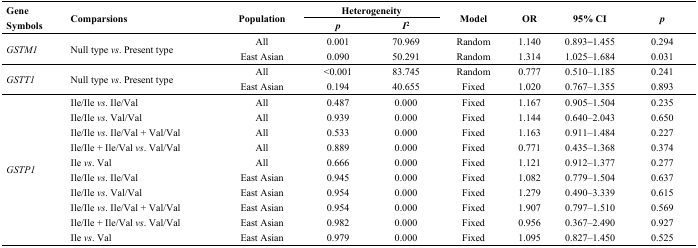
<table><thead><tr><td rowspan="2"><b>Gene Symbols</b></td><td rowspan="2"><b>Comparsions</b></td><td rowspan="2"><b>Population</b></td><td colspan="2"><b>Heterogeneity</b></td><td rowspan="2"><b>Model</b></td><td rowspan="2"><b>OR</b></td><td rowspan="2"><b>95% CI</b></td><td rowspan="2"><b><i>p</i></b></td></tr><tr><td><b><i>p</i></b></td><td><b><i>I</i><sup>2</sup></b></td></tr></thead><tbody><tr><td rowspan="2"><i>GSTM1</i></td><td rowspan="2">Null type <i>vs.</i> Present type</td><td>All</td><td>0.001</td><td>70.969</td><td>Random</td><td>1.140</td><td>0.893–1.455</td><td>0.294</td></tr><tr><td>East Asian</td><td>0.090</td><td>50.291</td><td>Random</td><td>1.314</td><td>1.025–1.684</td><td>0.031</td></tr><tr><td rowspan="2"><i>GSTT1</i></td><td rowspan="2">Null type <i>vs.</i> Present type</td><td>All</td><td>&lt;0.001</td><td>83.745</td><td>Random</td><td>0.777</td><td>0.510–1.185</td><td>0.241</td></tr><tr><td>East Asian</td><td>0.194</td><td>40.655</td><td>Fixed</td><td>1.020</td><td>0.767–1.355</td><td>0.893</td></tr><tr><td rowspan="10"><i>GSTP1</i></td><td>Ile/Ile <i>vs.</i> Ile/Val</td><td>All</td><td>0.487</td><td>0.000</td><td>Fixed</td><td>1.167</td><td>0.905–1.504</td><td>0.235</td></tr><tr><td>Ile/Ile <i>vs.</i> Val/Val</td><td>All</td><td>0.939</td><td>0.000</td><td>Fixed</td><td>1.144</td><td>0.640–2.043</td><td>0.650</td></tr><tr><td>Ile/Ile <i>vs.</i> Ile/Val + Val/Val</td><td>All</td><td>0.533</td><td>0.000</td><td>Fixed</td><td>1.163</td><td>0.911–1.484</td><td>0.227</td></tr><tr><td>Ile/Ile + Ile/Val <i>vs.</i> Val/Val</td><td>All</td><td>0.889</td><td>0.000</td><td>Fixed</td><td>0.771</td><td>0.435–1.368</td><td>0.374</td></tr><tr><td>Ile <i>vs.</i> Val</td><td>All</td><td>0.666</td><td>0.000</td><td>Fixed</td><td>1.121</td><td>0.912–1.377</td><td>0.277</td></tr><tr><td>Ile/Ile <i>vs.</i> Ile/Val</td><td>East Asian</td><td>0.945</td><td>0.000</td><td>Fixed</td><td>1.082</td><td>0.779–1.504</td><td>0.637</td></tr><tr><td>Ile/Ile <i>vs.</i> Val/Val</td><td>East Asian</td><td>0.954</td><td>0.000</td><td>Fixed</td><td>1.279</td><td>0.490–3.339</td><td>0.615</td></tr><tr><td>Ile/Ile <i>vs.</i> Ile/Val + Val/Val</td><td>East Asian</td><td>0.954</td><td>0.000</td><td>Fixed</td><td>1.907</td><td>0.797–1.510</td><td>0.569</td></tr><tr><td>Ile/Ile + Ile/Val <i>vs.</i> Val/Val</td><td>East Asian</td><td>0.982</td><td>0.000</td><td>Fixed</td><td>0.956</td><td>0.367–2.490</td><td>0.927</td></tr><tr><td>Ile <i>vs.</i> Val</td><td>East Asian</td><td>0.979</td><td>0.000</td><td>Fixed</td><td>1.095</td><td>0.827–1.450</td><td>0.525</td></tr></tbody></table>